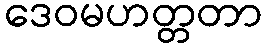
ဒေဝမဟတ္တတာ